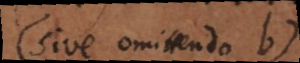
(sive omittendo b)